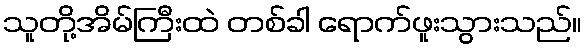
သူတို့အိမ်ကြီးထဲ တစ်ခါ ရောက်ဖူးသွားသည်။